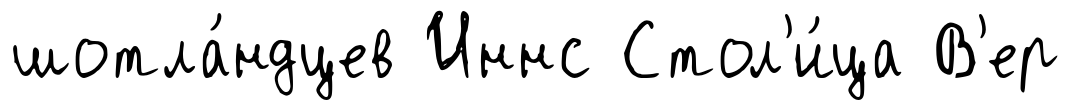
шотла́ндцев Иннс Стол'и́ца В'ер